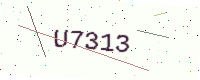
Text: U7313